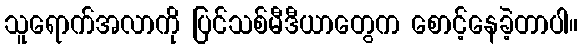
သူရောက်အလာကို ပြင်သစ်မီဒီယာတွေက စောင့်နေခဲ့တာပါ။